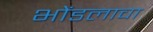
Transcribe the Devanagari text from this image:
भोंडलाचा